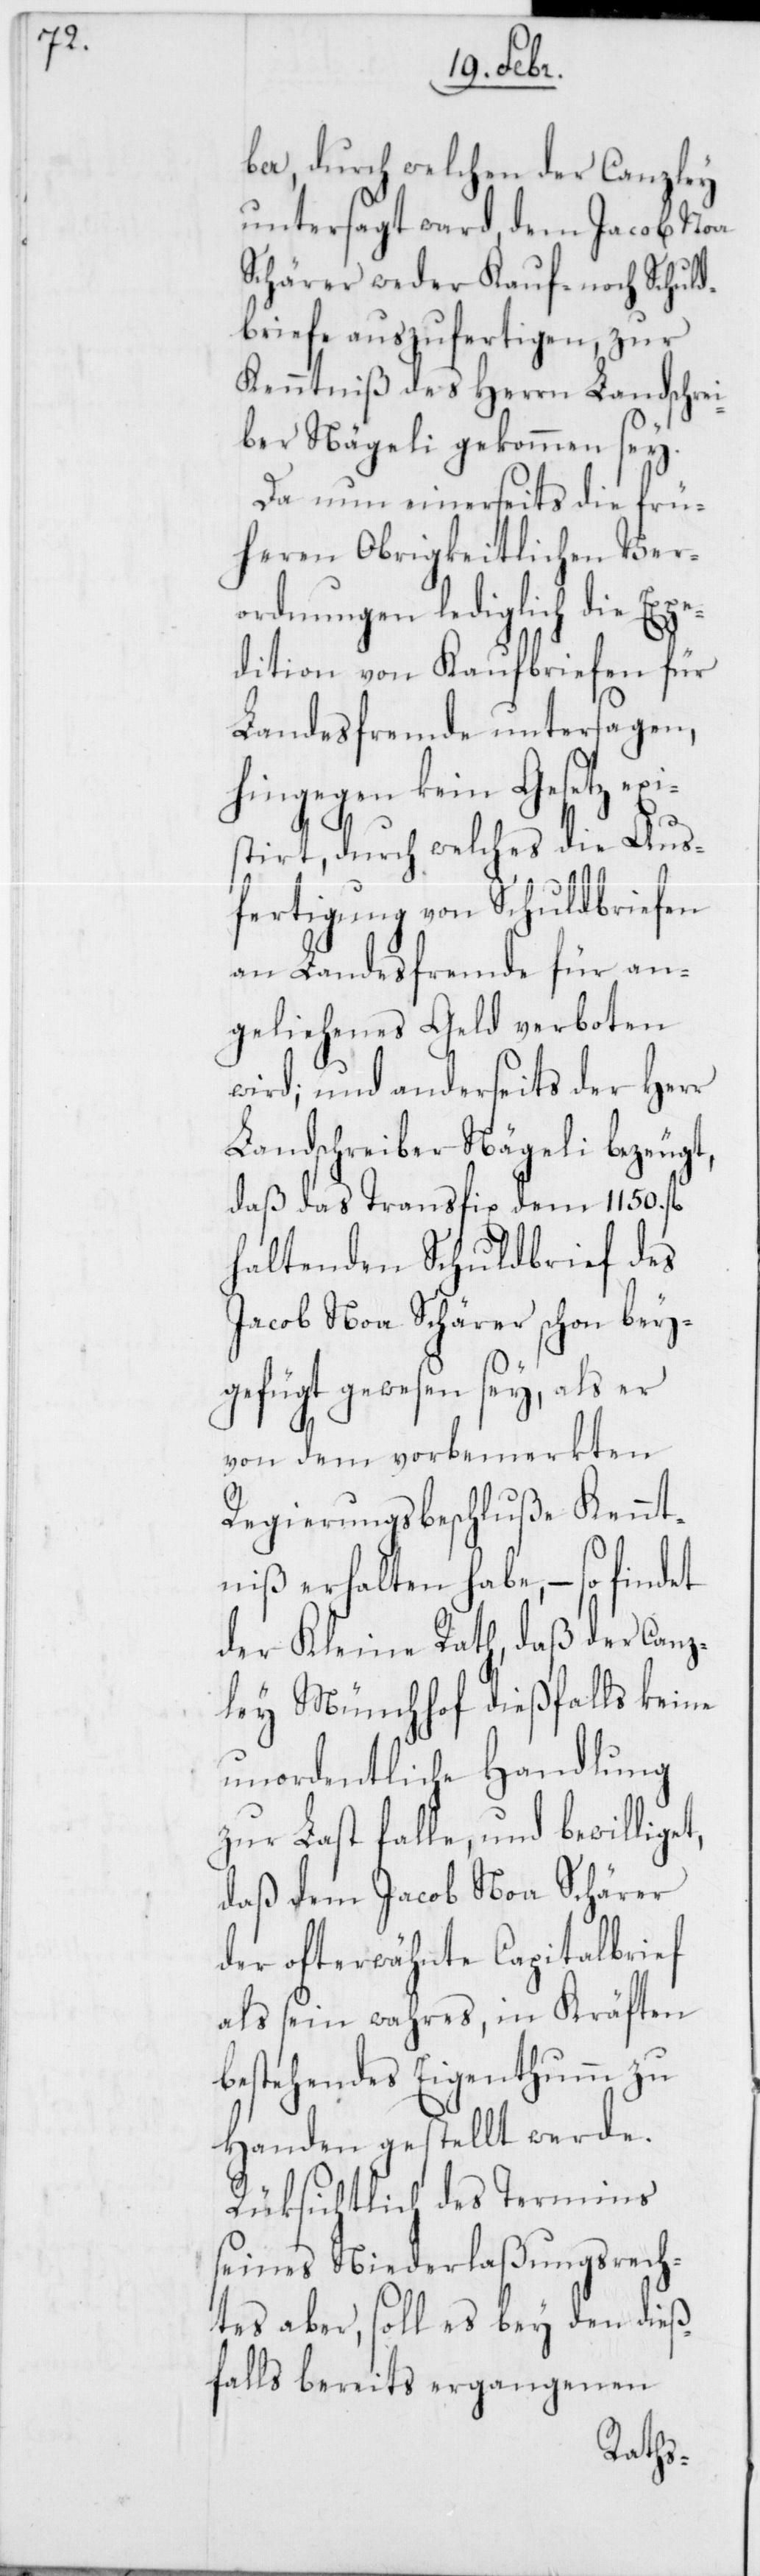
ber, durch welchen der Canzley
untersagt ward, dem Jacob Noa
Schärer weder Kauf- noch Schuld¬
briefe auszufertigen, zur
Kenntniß des Herrn Landschrei¬
ber Nägeli gekommen sey.
Da nun einerseits die frü¬
heren Obrigkeitlichen Ver¬
ordnungen lediglich die Exp¬
edition von Kaufbriefen für
Landesfremde untersagen,
hingegen kein Gesetz exi¬
stiert, durch welches die Aus¬
fertigung von Schuldbriefen
an Landesfremde für an¬
geliehenes Geld verboten
wird; und anderseits der Herr
Landschreiber Nägeli bezeugt,
daß das Transfix dem 1150.
haltenden Schuldbrief des
Jacob Noa Schärer schon bey¬
gefügt gewesen sey, als er
von dem vorbemerkten
Regierungsbeschluße Kennt¬
niß erhalten habe, – so find¬
der Kleine Rath, daß der Canz¬
ley Münchhof dießfalls keine
unordentliche Handlung
zur Last falle, und bewillige¬
daß dem Jacob Noa Schärer
der ofterwähnte Capitalbrief
als sein wahres, in Kräf¬
bestehendes Eigenthum zu
Handen gestellt werde.
Rüksichtlich des Termins
seines Niederlaßungsrech¬
tes aber, soll es bey den dieß¬
falls bereits ergangenen
ten